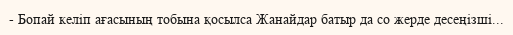
- Бопай келіп ағасының тобына қосылса Жанайдар батыр да со жерде десеңізші...